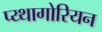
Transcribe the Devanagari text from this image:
प्य्थागोरियन